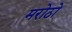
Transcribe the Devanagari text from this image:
मरोठो